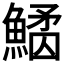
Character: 𩺠